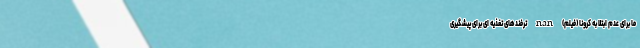
ما برای عدم ابتلا به کرونا (فیلم) nan ترفندهای تغذیه ای برای پیشگیری